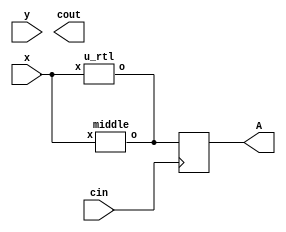
module top
(
 input x,
 input y,
 input cin,

 output reg A,
 output cout
 );
 parameter X = 1;
 wire o;

`ifndef BUG
always @(posedge cin)
	A <= o;

//assign cout =  cin? y : x;

middle u_mid (.x(x),.o(o));
u_rtl inst_u_rtl (.x(x),.o(o));
`else
assign {cout,A} =  cin - y * x;
`endif

endmodule

module middle
(
	input x,
	input y,
	output o
);

assign o = x + y;
endmodule

module u_rtl
(
	input x,
//	input y,
	output o
);

assign o = x;
endmodule